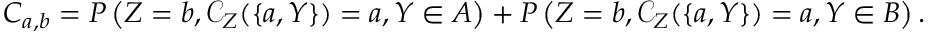
C _ { a , b } = P \left( Z = b , \mathcal { C } _ { Z } ( \{ a , Y \} ) = a , Y \in A \right) + P \left( Z = b , \mathcal { C } _ { Z } ( \{ a , Y \} ) = a , Y \in B \right) .